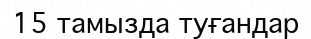
15 тамызда туғандар